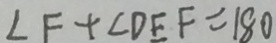
\angle F + \angle D E F = 1 8 0